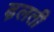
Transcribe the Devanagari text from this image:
ढ़लती